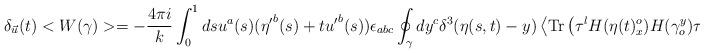
LaTeX: \begin{align*}\delta_{\vec{u}}(t) <W(\gamma)> = -{4 \pi i\over k} \int_0^1 ds u^a(s) ({\eta'}^b(s)+t {u'}^b(s)) \epsilon_{abc} \oint_\gamma dy^c \delta^3(\eta(s,t)-y) \left<{\rm Tr}\left(\tau^lH(\eta(t)_x^o)H(\gamma_o^y)\tau^lH(\gamma_y^o)H(\eta(t)_o^x)\right)\right>.\end{align*}